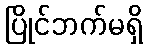
ပြိုင်ဘက်မရှိ